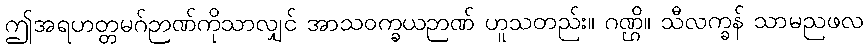
ဤအရဟတ္တမဂ်ဉာဏ်ကိုသာလျှင် အာသဝက္ခယဉာဏ် ဟူသတည်း။ ဂဏ္ဌိ။ သီလက္ခန် သာမညဖလ